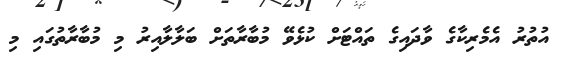
އުތުރު އެމެރިކާގެ ވާދައިގެ ތައްޓަށް ކުޅެވޭ މުބާރާތަށް ބަލާލާއިރު މި މުބާރާތުގައި މި